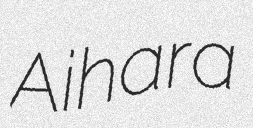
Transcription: Aihara